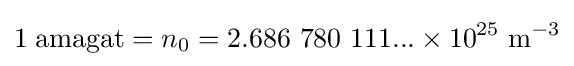
1\;{\textrm {amagat}}=n_{0}=2.686\ 780\ 111...\times 10^{25}\;{\textrm {m}}^{-3}